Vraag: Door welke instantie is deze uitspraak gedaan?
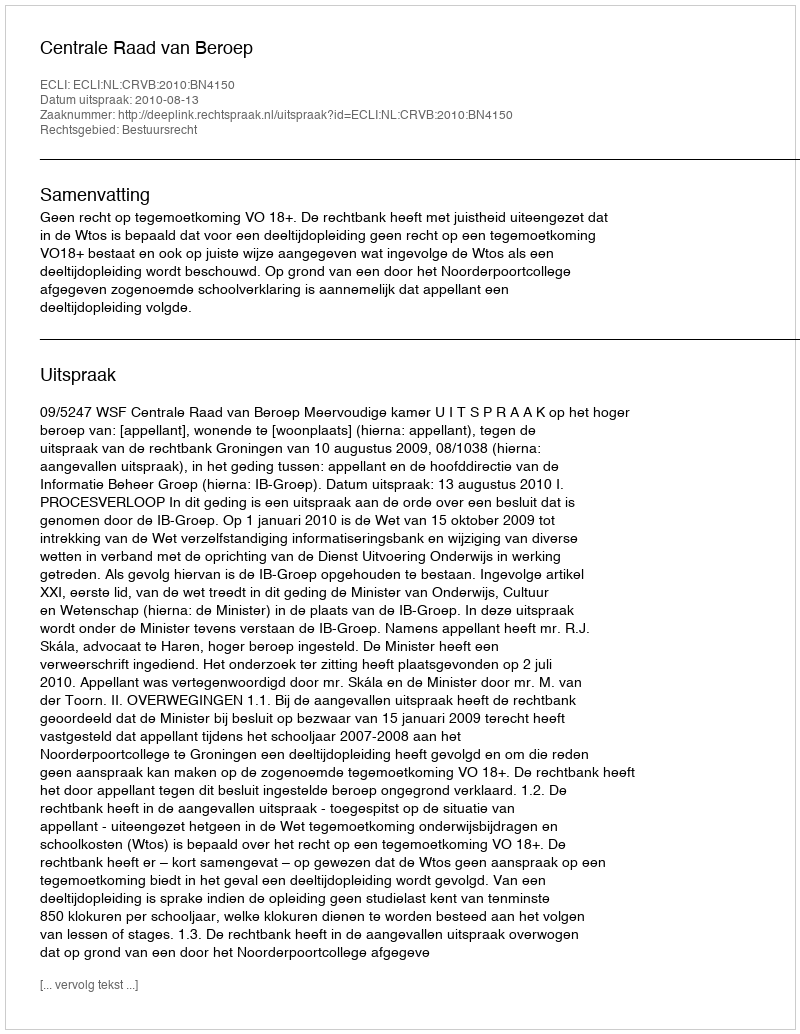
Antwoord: Centrale Raad van Beroep